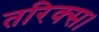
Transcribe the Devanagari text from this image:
तरिक्स।